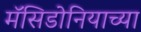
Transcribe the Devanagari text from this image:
मॅसिडोनियाच्या